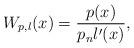
LaTeX: \begin{align*} W_{p,l}(x)=\frac{p(x)}{p_n l'(x)}, \end{align*}